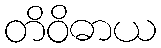
တိဝိဓာယ